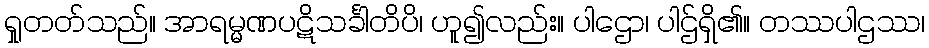
ရှုတတ်သည်။ အာရမ္မဏပဋိသင်္ခါတိပိ၊ ဟူ၍လည်း။ ပါဌော၊ ပါဌ်ရှိ၏။ တဿပါဌဿ၊